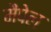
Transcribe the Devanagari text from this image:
मैपेल